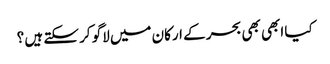
کیا ابھی بھی بحر کے ارکان میں لاگو کر سکتے ہیں ؟